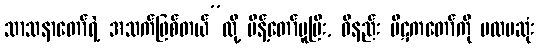
သာသနာတော်ရဲ့ အသက်ဖြစ်တယ်”လို့ မိန့်တော်မူပြီး, ဝိနည်း ပိဋကတော်ကို ပထမဆုံး